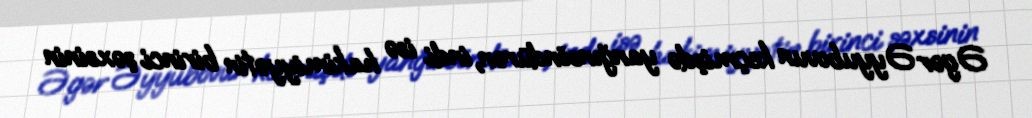
Əgər Əyyubovun keçmişdə yanğınsöndürən, indi isə hakimiyyətin birinci şəxsinin